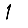
Digit: 1